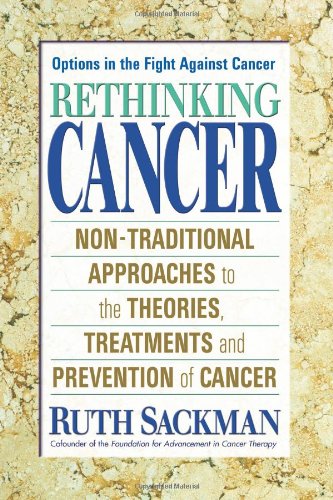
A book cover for Rethinking Cancer: Non-Traditional Approaches to the Theories, Treatments and Preventions of Cancer; Ruth Sackman; Health, Fitness & Dieting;